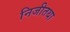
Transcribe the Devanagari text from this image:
निजीतथा